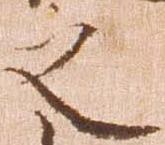
之